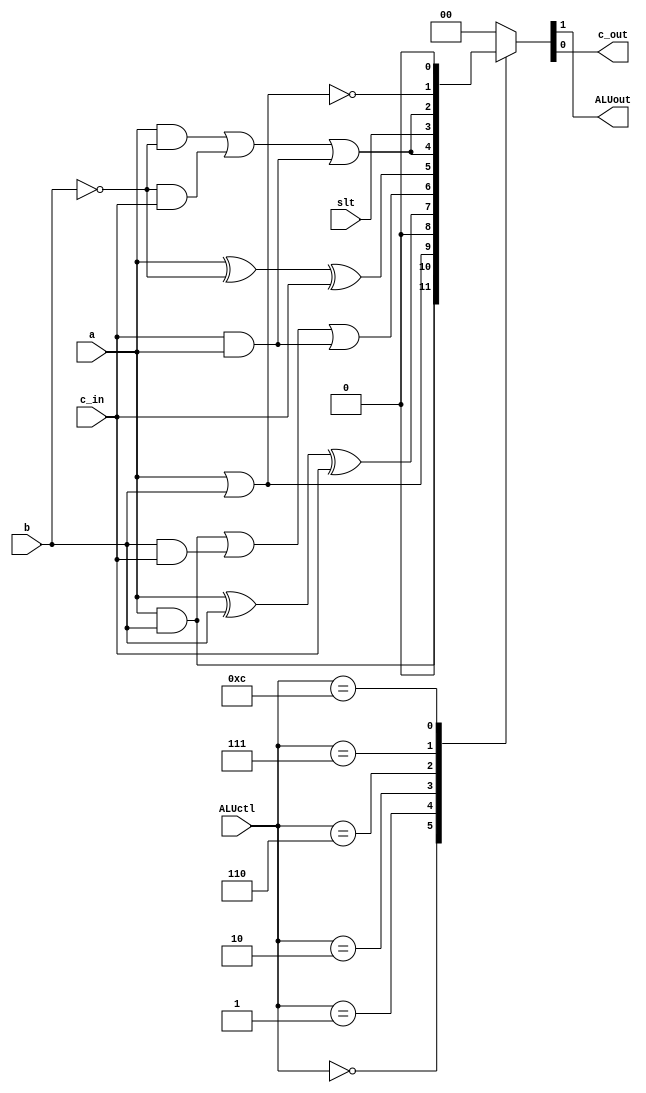
`timescale 1ns / 1ps
//////////////////////////////////////////////////////////////////////////////////
// Company:
// Engineer:
//
// Design Name:
// Module Name: alu
// Project Name:
// Target Devices:
// Tool Versions:
// Description:
//
// Dependencies:
//
// Revision:
// Revision 0.01 - File Created
// Additional Comments:
//
//////////////////////////////////////////////////////////////////////////////////


module ALU(
  ALUctl,a,b,c_in,slt,ALUout,c_out
  );
    input a,b,c_in,slt;
    input [3:0]ALUctl;
    output c_out,ALUout;

    function [1:0]out;
        input a,b,c_in,slt;
        input [3:0]ALUctl;
        begin
            case(ALUctl[3:0])
                0:out={a&b,1'b0};
                1:out={a|b,1'b0};
                2:out={a^b^c_in,(a&b)|(b&c_in)|(c_in&a)};
                6:out={a^(~b)^c_in,(a&(~b))|((~b)&c_in)|(c_in&a)};
                7:out={slt,(a&(~b))|((~b)&c_in)|(c_in&a)};
                12:out={~(a|b),1'b0};
                default:out={1'b0,1'b0};
            endcase
        end
    endfunction
    assign {ALUout,c_out}=out(a,b,c_in,slt,ALUctl);

endmodule